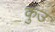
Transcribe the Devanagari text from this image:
कुउ